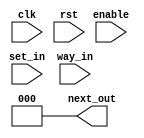
`timescale 1ns / 1ps
//////////////////////////////////////////////////////////////////////////////////
// Company: 
// Engineer: 
// 
// Design Name: 
// Module Name: fifo_replacement
// Project Name: 
// Target Devices: 
// Tool Versions: 
// Description: 
// 
// Dependencies: 
// 
// Revision:
// Revision 0.01 - File Created
// Additional Comments:
// 
//////////////////////////////////////////////////////////////////////////////////


module fifo_replacement #(
    parameter WAY_SIZE      = 3,
    parameter SET_SIZE      = 2,
    parameter ASSOCIATIVITY = 1
    )(
    input wire clk,
    input wire rst,
    input wire enable,
    input wire [SET_SIZE-1:0] set_in,
    input wire [WAY_SIZE-1:0] way_in,
    output wire [WAY_SIZE-1:0] next_out
    );
    
    reg [WAY_SIZE-1:0] prev;
    reg [WAY_SIZE-1:0] curr [(1 << SET_SIZE)-1: 0];
    
    integer i;
    
    always @(posedge clk) begin
        if(rst) begin
            for (i = 0; i < (1 << SET_SIZE); i = i + 1) begin
                curr[i] <= 0;
            end
        end else begin
            if(enable) begin
                curr[set_in] = (curr[set_in] + 1) % ASSOCIATIVITY;
            end
        end
    end
    
    always @(set_in or enable) begin
        prev = curr[set_in];
    end
    
    assign next_out = (ASSOCIATIVITY === 1) ? 0 : prev;
    
endmodule